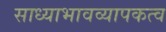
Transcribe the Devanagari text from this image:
साध्याभावव्यापकत्व